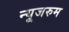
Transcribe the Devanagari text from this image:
न्यूजरुम